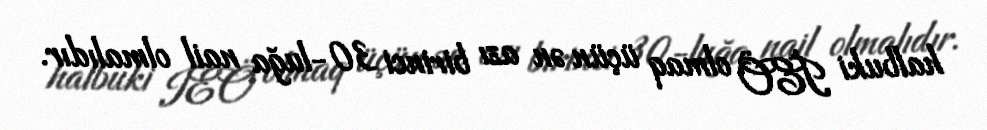
halbuki İEÖ olmaq üçün ən azı birinci 30-luğa nail olmalıdır.